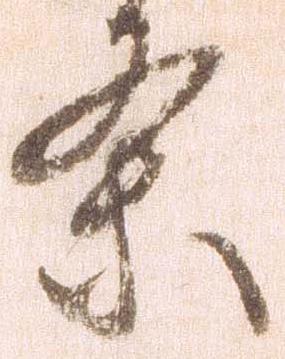
条